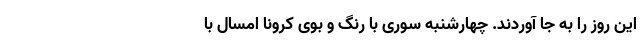
این روز را به جا آوردند. چهارشنبه سوری با رنگ ‌و بوی کرونا امسال با